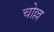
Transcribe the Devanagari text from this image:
चोल्ल